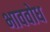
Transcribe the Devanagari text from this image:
भाववोध